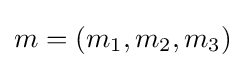
m=(m_{1},m_{2},m_{3})